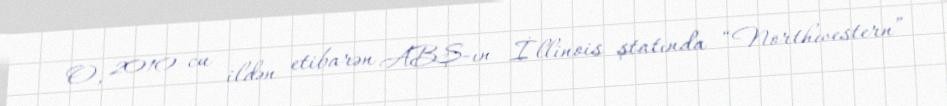
O, 2010-cu ildən etibarən ABŞ-ın İllinois ştatında “Northwestern”